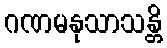
ဂဏမနုသာသန္တိ